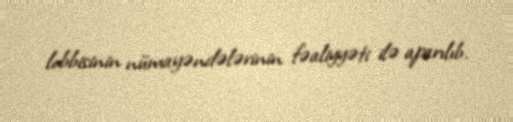
lobbisinin nümayəndələrinin fəaliyyəti ilə aparılıb.